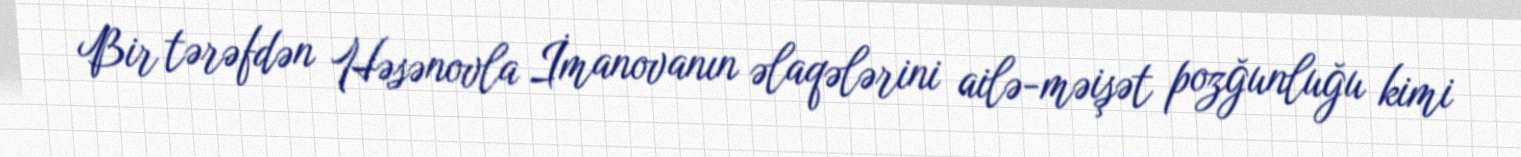
Bir tərəfdən Həsənovla İmanovanın əlaqələrini ailə-məişət pozğunluğu kimi